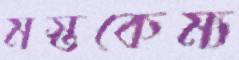
মস্তকেম্য